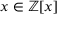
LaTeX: x \in \mathbb { Z } [ x ]